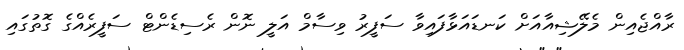
ރާއްޖެއިން މެލޭޝިއާއަށް ކަނޑައަޅާފައިވާ ސަފީރު ވިސާމް އަލީ ނޮން ރެސިޑެންޓް ސަފީރެއްގެ ގޮތުގައި